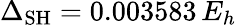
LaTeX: \Delta_{\mathrm{SH}}=0.003583\, E_{h}